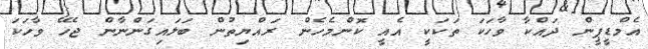
އެމްޑީޕީން ދައްކާ ވާހަކަ ތަކަކީ އެއީ ކޮންމެހެން ރައްޔިތުން ބަލައިގަންނާން ޖެހޭ ވާހަކަ